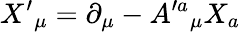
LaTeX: X^{\prime}{}_{\mu}=\partial_{\mu}-A^{\prime a}{}_{\mu}X_{a}